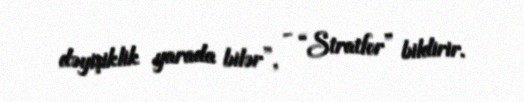
dəyişiklik yarada bilər”, - “Stratfor” bildirir.